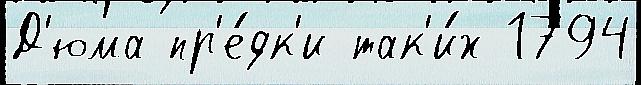
Д'юма пр'е́дк'и так'и́х 1794